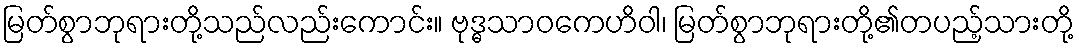
မြတ်စွာဘုရားတို့သည်လည်းကောင်း။ ဗုဒ္ဓသာဝကေဟိဝါ၊ မြတ်စွာဘုရားတို့၏တပည့်သားတို့